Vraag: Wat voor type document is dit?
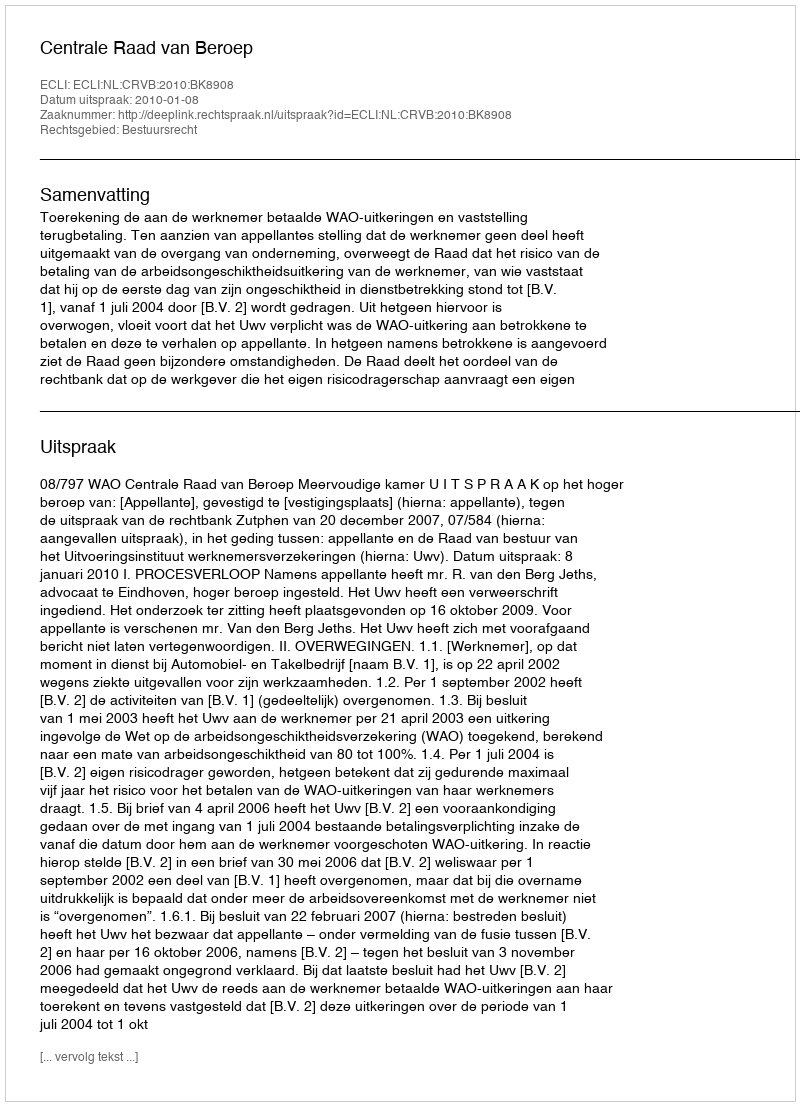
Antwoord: Uitspraak